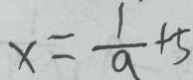
x = \frac { 1 } { a } + 5